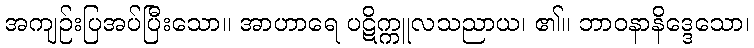
အကျဉ်းပြအပ်ပြီးသော။ အာဟာရေ ပဋိက္ကူလသညာယ၊ ၏။ ဘာဝနာနိဒ္ဒေသော၊